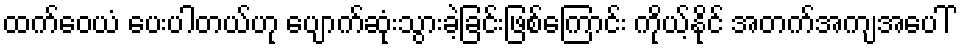
ထက်ဝေယံ ပေးပါတယ်ဟု ပျောက်ဆုံးသွားခဲ့ခြင်းဖြစ်ကြောင်း ကိုယ့်နိုင် အတက်အကျအပေါ်